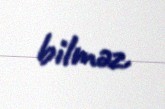
bilməz.